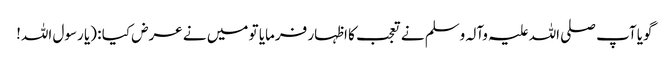
گویا آپ صلی اللہ علیہ وآلہ وسلم نے تعجب کا اظہار فرمایا تو میں نے عرض کیا : (یا رسول اللہ!